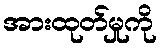
အားထုတ်မှုကို